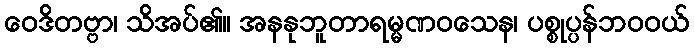
ဝေဒိတဗ္ဗာ၊ သိအပ်၏။ အနနုဘူတာရမ္မဏဝသေန၊ ပစ္စုပ္ပန်ဘဝဝယ်